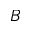
B